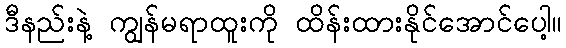
ဒီနည်းနဲ့ ကျွန်မရာထူးကို ထိန်းထားနိုင်အောင်ပေါ့။